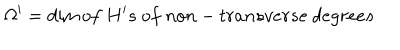
\Omega ^ { \prime } = \dim o f ~ H ^ { \prime } s ~ o f ~ n o n - t r a n s v e r s e ~ d e g r e e s